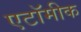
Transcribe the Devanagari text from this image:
एटॉमीक